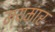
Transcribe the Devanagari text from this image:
म्यंमार